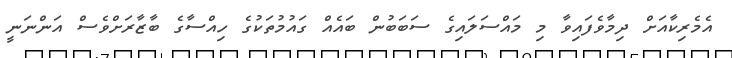
އެމެރިކާއަށް ދިމާވެފައިވާ މި މައްސަލައިގެ ސަބަބުން ބައެއް ގައުމުތަކުގެ ހިއްސާގެ ބާޒާރަށްވެސް އަންނަނީ